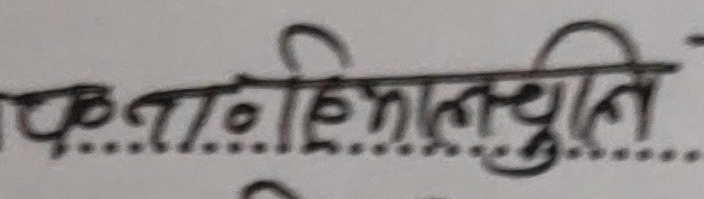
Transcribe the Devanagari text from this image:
कतिहिलेसम्म